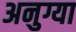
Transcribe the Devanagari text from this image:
अनुग्या